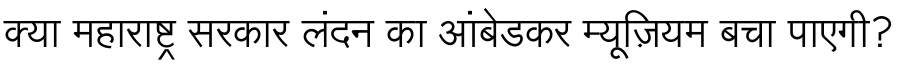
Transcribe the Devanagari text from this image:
क्या महाराष्ट्र सरकार लंदन का आंबेडकर म्यूज़ियम बचा पाएगी?